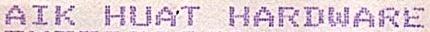
AIK HUAT HARDWARE